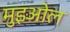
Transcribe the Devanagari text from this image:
मुइओल